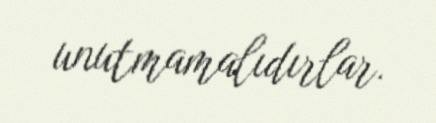
unutmamalıdırlar.